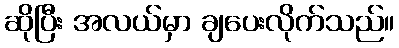
ဆိုပြီး အလယ်မှာ ချပေးလိုက်သည်။